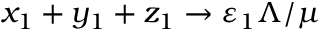
x _ { 1 } + y _ { 1 } + z _ { 1 } \to \varepsilon _ { 1 } \Lambda / \mu